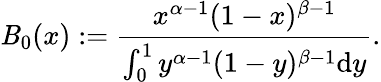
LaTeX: \mathit{B}_{0}(x):=\frac{{x^{\alpha-1}(1-x)^{\beta-1}}}{{\int_{0}^{1}y^{\alpha-1}(1-y)^{\beta-1}{\mathrm{{d}}}y}}.